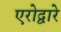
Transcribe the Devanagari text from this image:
एरोद्वारे